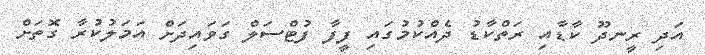
އަދި ރީނދޫ ކާޑާއި ރަތްކާޑު ދެއްކުމުގައި ފީފާ ފުޓްސަލް ގަވައިދަށް އަމަލުކުރާ ގޮތަށް